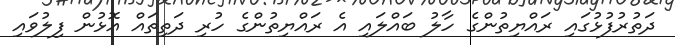
ދަތުރުފުޅުގައި ރައްޔިތުންގެ ހާލު ބައްލައި އެ ރައްޔިތުންގެ ހުރި ދަތިތައް އޮޅުން ފިލުވައި